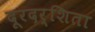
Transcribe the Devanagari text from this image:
दूरदर्शिता